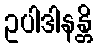
ဥပါဒါနန္တိ